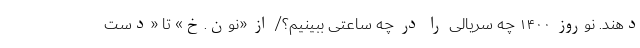
دهند. نوروز ۱۴۰۰ چه سریالی را در چه ساعتی ببینیم؟/ از «نون.خ» تا «دست